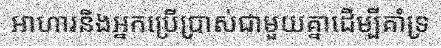
អាហារនិងអ្នកប្រើប្រាស់ជាមួយគ្នាដើម្បីគាំទ្រ